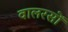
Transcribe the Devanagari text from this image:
वालरसों